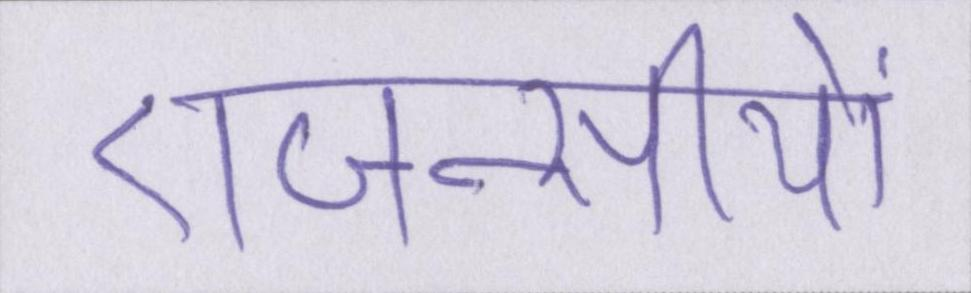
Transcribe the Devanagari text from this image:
एजन्सीयों